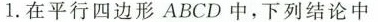
1.在平行四边形ABCD中，下列结论中